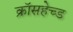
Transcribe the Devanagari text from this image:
क्रॉसहेच्ड